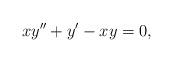
LaTeX: \begin{align*}xy''+ y'-xy=0,\end{align*}